Indian journal of veterinary science and animal husbandry - Volume 6,
Year: 1936
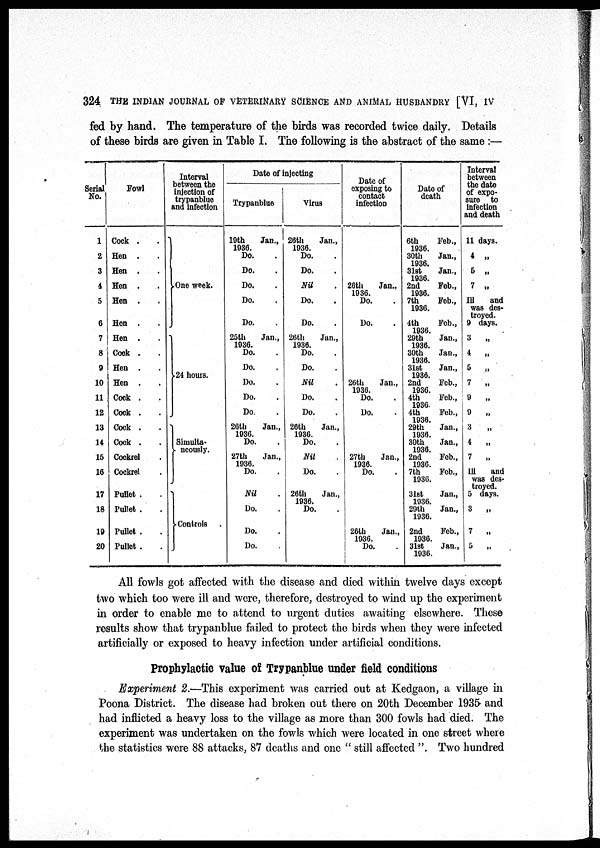
324 THE INDIAN JOURNAL OF VETERINARY SCIENCE AND ANIMAL HUSBANDRY [VI, IV
fed by hand. The temperature of the birds was recorded twice daily. Details
of these birds are given in Table I. The following is the abstract of the same :—
Serial
No.
1
2
3
4
5
6
7
8
9
10
11
12
13
14
15
16
17
18
19
20
Fowl
Cock . .
Hen . .
Hen . .
Hen . .
Hen . .
Hen . .
Hen . .
Cook . .
Hen . .
Hen . .
Cock . .
Cock . .
Cock . .
Cock . .
Cockrel .
Cockrel .
Pullet . .
Pullet . .
Pullet . .
Pullet . .
Interval
between the
injection of
trypanblue
and infection
One week.
24 hours.
Simulta¬
neously.
Controls .
Date of injecting
Trypanblue
19th
Jan.,
1936.
Do. .
Do. .
Do. .
Do. .
Do. .
25th
Jan.,
1936.
Do. .
Do. .
Do. .
Do. .
Do. .
26th
Jan.,
1936.
Do. .
27th
Jan.,
1936.
Do. .
Nil .
Do. .
Do. .
Do. .
Virus
26th
Jan.,
1936.
Do. .
Do. .
Nil .
Do. .
Do. .
26th
Jan.,
1936.
Do. .
Do. .
Nil .
Do. .
Do. .
26th
Jan.,
1936.
Do. .
Nil .
Do. .
26th
Jan.,
1936.
Do. .
Date of
exposing to
contact
infection
26th
Jan..
1936.
Do. .
Do. .
26th
Jan.,
1936.
Do. .
Do. .
27th
Jan.,
1936.
Do. .
26th
Jan.,
1936.
Do. .
Date of
death
6th
1936.
Feb.,
30th
1936.
Jan.,
31st
1936.
Jan.,
2nd
1936.
Feb.,
7th
1936.
Feb.,
4th
1936.
Feb.,
29th
1936.
Jan.,
30th
1936.
Jan.,
31st
1936.
Jan.,
2nd
1936.
Feb.,
4th
1936.
Feb.,
4th
1936.
Feb.,
29th
1936.
Jan.,
30th
1936.
Jan.,
2nd
1936.
Feb.,
7th
1936.
Feb.,
31st
1936.
Jan.,
29th
1936.
Jan.,
2nd
1936.
Feb.,
31st
1936.
Jan.,
Interval
between
the date
of expo-
sure to
infection
and death
11 days.
4 „
5 „
7 „
III
and
was des-
troyed.
9 days.
3
4
„
5
.,
7
„
9
„
9
„
3
„
4
„
7
„
III
and
was des-
troyed.
5 days.
3
„
7
„
5
All fowls got affected with the disease and died within twelve days except
two which too were ill and were, therefore, destroyed to wind up the experiment
in order to enable me to attend to urgent duties awaiting elsewhere. These
results show that trypanblue failed to protect the birds when they were infected
artificially or exposed to heavy infection under artificial conditions.
Prophylactic value of Trypanblue under field conditions
Experiment 2.—This experiment was carried out at Kedgaon, a village in
Poona District. The disease had broken out there on 20th December 1935 and
had inflicted a heavy loss to the village as more than 300 fowls had died. The
experiment was undertaken on the fowls which were located in one street where
the statistics were 88 attacks, 87 deaths and one " still affected ". Two hundred